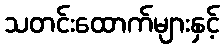
သတင်းထောက်များနှင့်